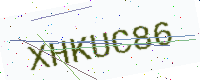
Text: XHKUC86